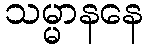
သမ္မာနနေ